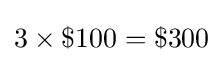
3\times \$100=\$300